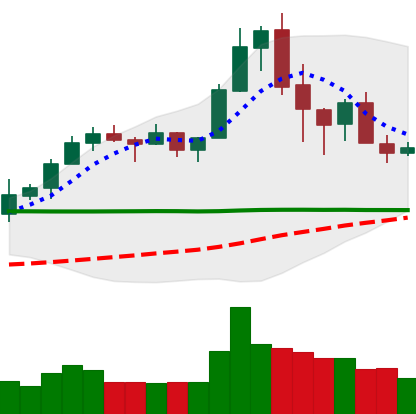
Ticker: XRP-USD
Chart end date: 2020-02-21
Forward return: -16.035%
Label: down_7plus